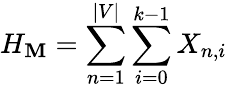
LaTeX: H_{\mathbf{M}}=\sum_{n=1}^{|V|}\sum_{i=0}^{k-1}X_{n,i}